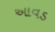
આવડ